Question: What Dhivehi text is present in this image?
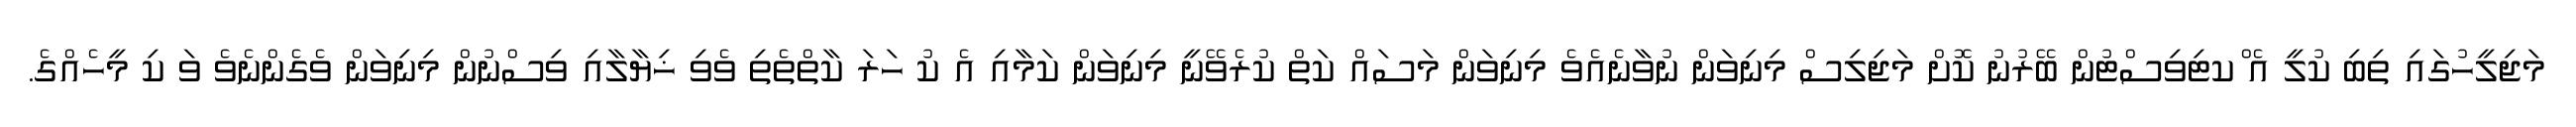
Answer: މަޖިލީހުގައި ތިބި ކުލީ އެ ްކޓިވިސްޓުން ބޭރުނު ކޮށް މަޖިލިސް މިނިވަން ނުވާނެއެވެ މިނިވަން މަސައް ކަތް ކުރެވޭނީ މިނިވަން ކަމާއި އެ ކު ހަރަ ކާތްތެތި ވެވި ޚިޔާލާއި ވިސްނުން މިނިވަން ވެގެންނެވެ ވަ ކި މީހެއްގެ.